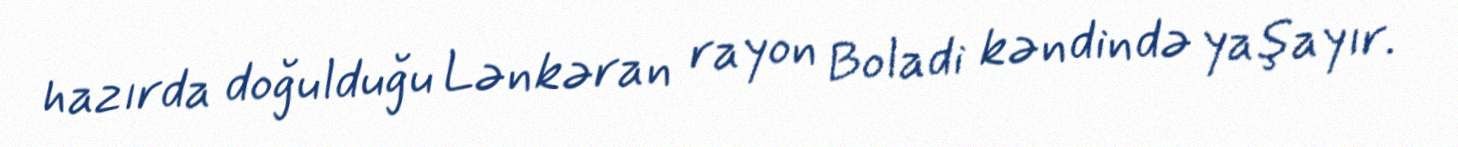
hazırda doğulduğu Lənkəran rayon Boladi kəndində yaşayır.